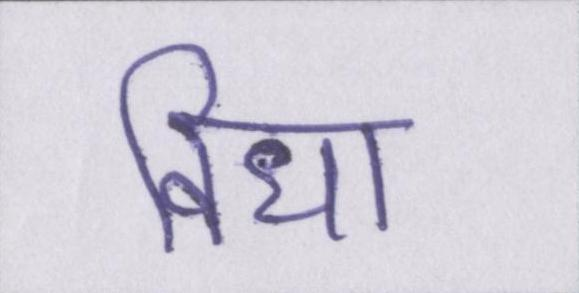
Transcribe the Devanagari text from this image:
विधा